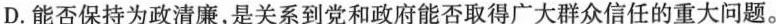
D.能否保持为政清廉，是关系到党和政府能否取得广大群众信任的重大问题。